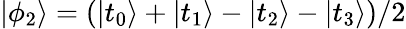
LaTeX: |\phi_{2}\rangle=(|t_{0}\rangle+|t_{1}\rangle-|t_{2}\rangle-|t_{3}\rangle)/2